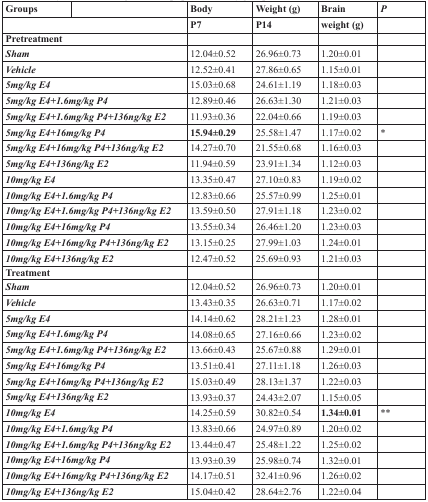
<table><thead><tr><td><b>Groups</b></td><td></td><td><b>Body</b></td><td><b>Weight (g)</b></td><td><b>Brain</b></td><td><b><i>P</i></b></td></tr><tr><td colspan="2"></td><td><b>P7</b></td><td><b>P14</b></td><td><b>weight (g)</b></td><td></td></tr></thead><tbody><tr><td colspan="2"><b>Pretreatment</b></td><td></td><td></td><td></td><td></td></tr><tr><td colspan="2"><b><i>Sham</i></b></td><td>12.04±0.52</td><td>26.96±0.73</td><td>1.20±0.01</td><td></td></tr><tr><td colspan="2"><b><i>Vehicle</i></b></td><td>12.52±0.41</td><td>27.86±0.65</td><td>1.15±0.01</td><td></td></tr><tr><td colspan="2"><b><i>5mg/kg E4</i></b></td><td>15.03±0.68</td><td>24.61±1.19</td><td>1.18±0.03</td><td></td></tr><tr><td colspan="2"><b><i>5mg/kg E4+1.6mg/kg P4</i></b></td><td>12.89±0.46</td><td>26.63±1.30</td><td>1.21±0.03</td><td></td></tr><tr><td colspan="2"><b><i>5mg/kg E4+1.6mg/kg P4+136ng/kg E2</i></b></td><td>11.93±0.36</td><td>22.04±0.66</td><td>1.19±0.03</td><td></td></tr><tr><td colspan="2"><b><i>5mg/kg E4+16mg/kg P4</i></b></td><td><b>15.94±0.29</b></td><td>25.58±1.47</td><td>1.17±0.02</td><td>*</td></tr><tr><td colspan="2"><b><i>5mg/kg E4+16mg/kg P4+136ng/kg E2</i></b></td><td>14.27±0.70</td><td>21.55±0.68</td><td>1.16±0.03</td><td></td></tr><tr><td colspan="2"><b><i>5mg/kg E4+136ng/kg E2</i></b></td><td>11.94±0.59</td><td>23.91±1.34</td><td>1.12±0.03</td><td></td></tr><tr><td colspan="2"><b><i>10mg/kg E4</i></b></td><td>13.35±0.47</td><td>27.10±0.83</td><td>1.19±0.02</td><td></td></tr><tr><td colspan="2"><b><i>10mg/kg E4+1.6mg/kg P4</i></b></td><td>12.83±0.66</td><td>25.57±0.99</td><td>1.25±0.01</td><td></td></tr><tr><td colspan="2"><b><i>10mg/kg E4+1.6mg/kg P4+136ng/kg E2</i></b></td><td>13.59±0.50</td><td>27.91±1.18</td><td>1.23±0.02</td><td></td></tr><tr><td colspan="2"><b><i>10mg/kg E4+16mg/kg P4</i></b></td><td>13.55±0.34</td><td>26.46±1.20</td><td>1.23±0.03</td><td></td></tr><tr><td colspan="2"><b><i>10mg/kg E4+16mg/kg P4+136ng/kg E2</i></b></td><td>13.15±0.25</td><td>27.99±1.03</td><td>1.24±0.01</td><td></td></tr><tr><td colspan="2"><b><i>10mg/kg E4+136ng/kg E2</i></b></td><td>12.47±0.52</td><td>25.69±0.93</td><td>1.21±0.03</td><td></td></tr><tr><td colspan="2"><b>Treatment</b></td><td></td><td></td><td></td><td></td></tr><tr><td colspan="2"><b><i>Sham</i></b></td><td>12.04±0.52</td><td>26.96±0.73</td><td>1.20±0.01</td><td></td></tr><tr><td colspan="2"><b><i>Vehicle</i></b></td><td>13.43±0.35</td><td>26.63±0.71</td><td>1.17±0.02</td><td></td></tr><tr><td colspan="2"><b><i>5mg/kg E4</i></b></td><td>14.14±0.62</td><td>28.21±1.23</td><td>1.28±0.01</td><td></td></tr><tr><td colspan="2"><b><i>5mg/kg E4+1.6mg/kg P4</i></b></td><td>14.08±0.65</td><td>27.16±0.66</td><td>1.23±0.02</td><td></td></tr><tr><td colspan="2"><b><i>5mg/kg E4+1.6mg/kg P4+136ng/kg E2</i></b></td><td>13.66±0.43</td><td>25.67±0.88</td><td>1.29±0.01</td><td></td></tr><tr><td colspan="2"><b><i>5mg/kg E4+16mg/kg P4</i></b></td><td>13.51±0.41</td><td>27.11±1.18</td><td>1.26±0.03</td><td></td></tr><tr><td colspan="2"><b><i>5mg/kg E4+16mg/kg P4+136ng/kg E2</i></b></td><td>15.03±0.49</td><td>28.13±1.37</td><td>1.22±0.03</td><td></td></tr><tr><td colspan="2"><b><i>5mg/kg E4+136ng/kg E2</i></b></td><td>13.93±0.37</td><td>24.43±2.07</td><td>1.15±0.05</td><td></td></tr><tr><td colspan="2"><b><i>10mg/kg E4</i></b></td><td>14.25±0.59</td><td>30.82±0.54</td><td><b>1.34±0.01</b></td><td>**</td></tr><tr><td colspan="2"><b><i>10mg/kg E4+1.6mg/kg P4</i></b></td><td>13.83±0.66</td><td>24.97±0.89</td><td>1.20±0.02</td><td></td></tr><tr><td colspan="2"><b><i>10mg/kg E4+1.6mg/kg P4+136ng/kg E2</i></b></td><td>13.44±0.47</td><td>25.48±1.22</td><td>1.25±0.02</td><td></td></tr><tr><td colspan="2"><b><i>10mg/kg E4+16mg/kg P4</i></b></td><td>13.93±0.39</td><td>25.98±0.74</td><td>1.32±0.01</td><td></td></tr><tr><td colspan="2"><b><i>10mg/kg E4+16mg/kg P4+136ng/kg E2</i></b></td><td>14.17±0.51</td><td>32.41±0.96</td><td>1.26±0.02</td><td></td></tr><tr><td colspan="2"><b><i>10mg/kg E4+136ng/kg E2</i></b></td><td>15.04±0.42</td><td>28.64±2.76</td><td>1.22±0.04</td><td></td></tr></tbody></table>